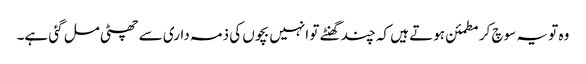
وہ تو یہ سوچ کر مطمئن ہوتے ہیں کہ چند گھنٹے تو انہیں بچوں کی ذمہ داری سے چھٹی مل گئی ہے۔